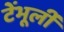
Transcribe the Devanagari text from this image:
टेंभूर्ली